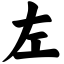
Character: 左